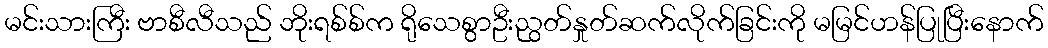
မင်းသားကြီး ဗာစီလီသည် ဘိုးရစ်စ်က ရိုသေစွာဦးညွတ်နှုတ်ဆက်လိုက်ခြင်းကို မမြင်ဟန်ပြုပြီးနောက်